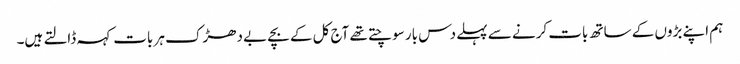
ہم اپنے بڑوں کے ساتھ بات کرنے سے پہلے دس بار سوچتے تھے آج کل کے بچے بے دھڑک ہر بات کہہ ڈالتے ہیں۔